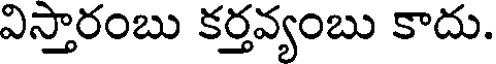
విస్తారంబు కర్తవ్యంబు కాదు.